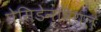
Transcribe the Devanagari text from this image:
प्रेसिडेन्षियल